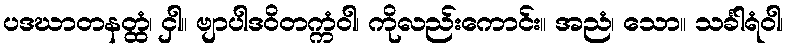
ပဒဃာတနတ္ထံ၊ ငှါ။ ဗျာပါဒဝိတက္ကံဝါ၊ ကိုလည်းကောင်း။ အညံ၊ သော။ သင်္ခါရံဝါ၊